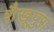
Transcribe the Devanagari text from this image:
शैखूपुरा